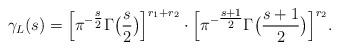
LaTeX: \begin{align*}\gamma_L(s) = \Big[ \pi^{-\tfrac{s}{2}} \Gamma\big(\frac{s}{2}\big) \Big]^{r_1+r_2} \cdot \Big[ \pi^{-\tfrac{s+1}{2} } \Gamma\big( \frac{s+1}{2} \big) \Big]^{r_2}. \end{align*}